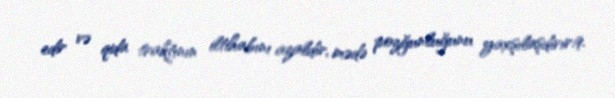
edir və qida traktının iltihabını azaldır, mədə pozğunluğunu yaxşılaşdırır.9.